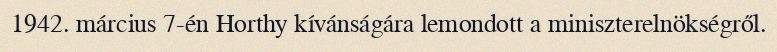
1942. március 7-én Horthy kívánságára lemondott a miniszterelnökségről.